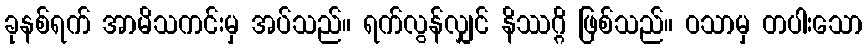
ခုနစ်ရက် အာမိသကင်းမှ အပ်သည်။ ရက်လွန်လျှင် နိဿဂ္ဂိ ဖြစ်သည်။ ဝသာမှ တပါးသော